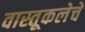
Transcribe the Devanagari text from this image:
वास्तूकलेचे